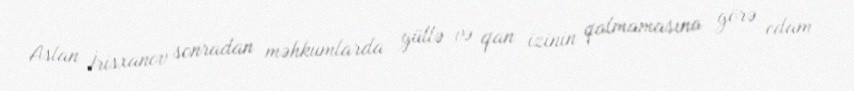
Aslan İrisxanov sonradan məhkumlarda güllə və qan izinin qalmamasına görə edam